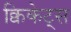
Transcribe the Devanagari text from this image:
क्विकेट्स